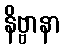
နိဗ္ဗာနာ